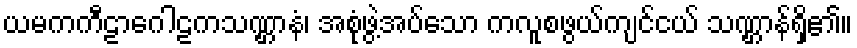
ယမကကီဠာဂေါဠကသဏ္ဌာနံ၊ အစုံဖွဲ့အပ်သော ကလူစဖွယ်ကျင်ငယ် သဏ္ဌာန်ရှိ၏။